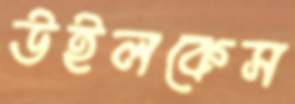
উইলকেস